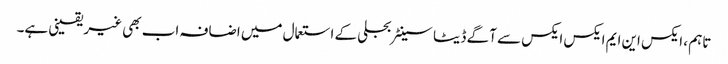
تاہم ، ایکس این ایم ایکس ایکس سے آگے ڈیٹا سینٹر بجلی کے استعمال میں اضافہ اب بھی غیر یقینی ہے۔